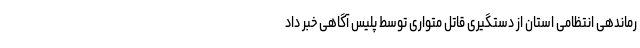
رماندهی انتظامی استان از دستگیری قاتل متواری توسط پلیس آگاهی خبر داد